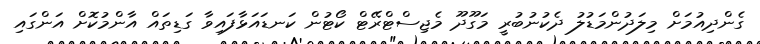
ގެންދިއުމަށް މިލަދުންމަޑުލު ދެކުނުބުރީ މަގޫދޫ މެޖިސްޓްރޭޓް ކޯޓުން ކަނޑައަޅާފައިވާ ގަޑިތައް އާންމުކޮށް އަންގައި